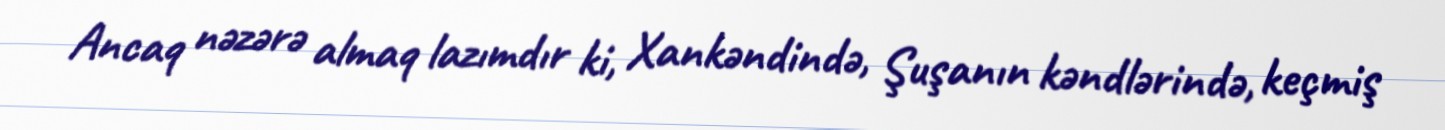
Ancaq nəzərə almaq lazımdır ki, Xankəndində, Şuşanın kəndlərində, keçmiş